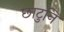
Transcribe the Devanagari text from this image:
छाटुनि